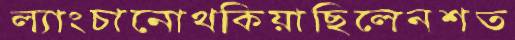
ল্যাংচানোথকিয়াছিলেনশত